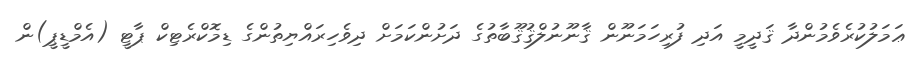
ޢަމަލުކުރެވެމުންދާ ޤަދީމީ އަދި ފުރިހަމަނޫން ޤާނޫނުލްޤުޤޫބާތުގެ ދަށުންކަމަށް ދިވެހިރައްޔިތުންގެ ޑިމޮކްރެޓިކް ޕާޓީ (އެމްޑީޕީ)ން